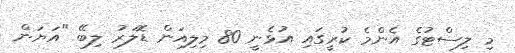
މި ލިސްޓުގެ އެންމެ ކުރީގައި އުޅެނީ 80 މިލިއަން ޑޮލަރު ލިބޭ "އަޔަން